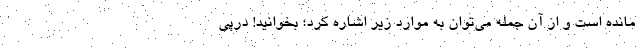
مانده است و از آن جمله می‌توان به موارد زیر اشاره کرد؛ بخوانید! درپی